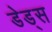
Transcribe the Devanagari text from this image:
डेड्स